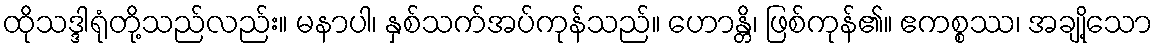
ထိုသဒ္ဒါရုံတို့သည်လည်း။ မနာပါ၊ နှစ်သက်အပ်ကုန်သည်။ ဟောန္တိ၊ ဖြစ်ကုန်၏။ ဧကစ္စဿ၊ အချို့သော